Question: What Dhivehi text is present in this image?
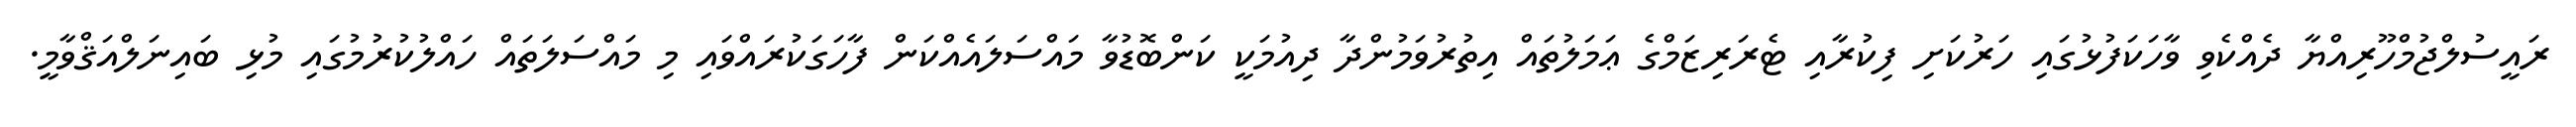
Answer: ރައީސުލްޖުމްހޫރިއްޔާ ދެއްކެވި ވާހަކަފުޅުގައި ހަރުކަށި ފިކުރާއި ޓެރަރިޒަމްގެ ޢަމަލުތައް އިތުރުވަމުންދާ ދިއުމަކީ ކަންބޮޑުވާ މައްސަލައެއްކަން ފާހަގަކުރައްވައި މި މައްސަލަތައް ހައްލުކުރުމުގައި މުޅި ބައިނަލްއަޤްވާމީ.